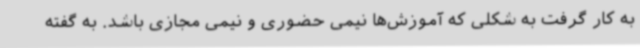
به کار گرفت به شکلی که آموزش‌ها نیمی حضوری و نیمی مجازی باشد. به گفته